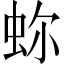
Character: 𧉰